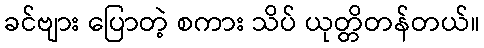
ခင်ဗျား ပြောတဲ့ စကား သိပ် ယုတ္တိတန်တယ်။